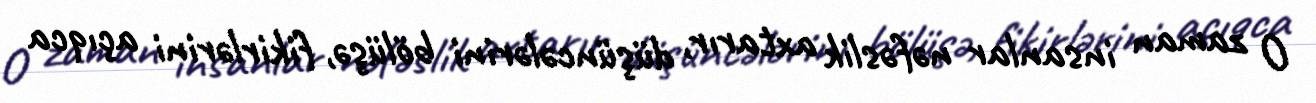
O zaman insanlar nəfəslik axtarır, düşüncələrini bölüşə, fikirlərini açıqca